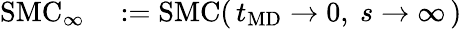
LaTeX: \begin{array}{rl}{\mathrm{SMC}_{\infty}}&{{}:=\mathrm{SMC}(\, t_{\mathrm{MD}}\to 0,~s\to\infty\, )}\end{array}